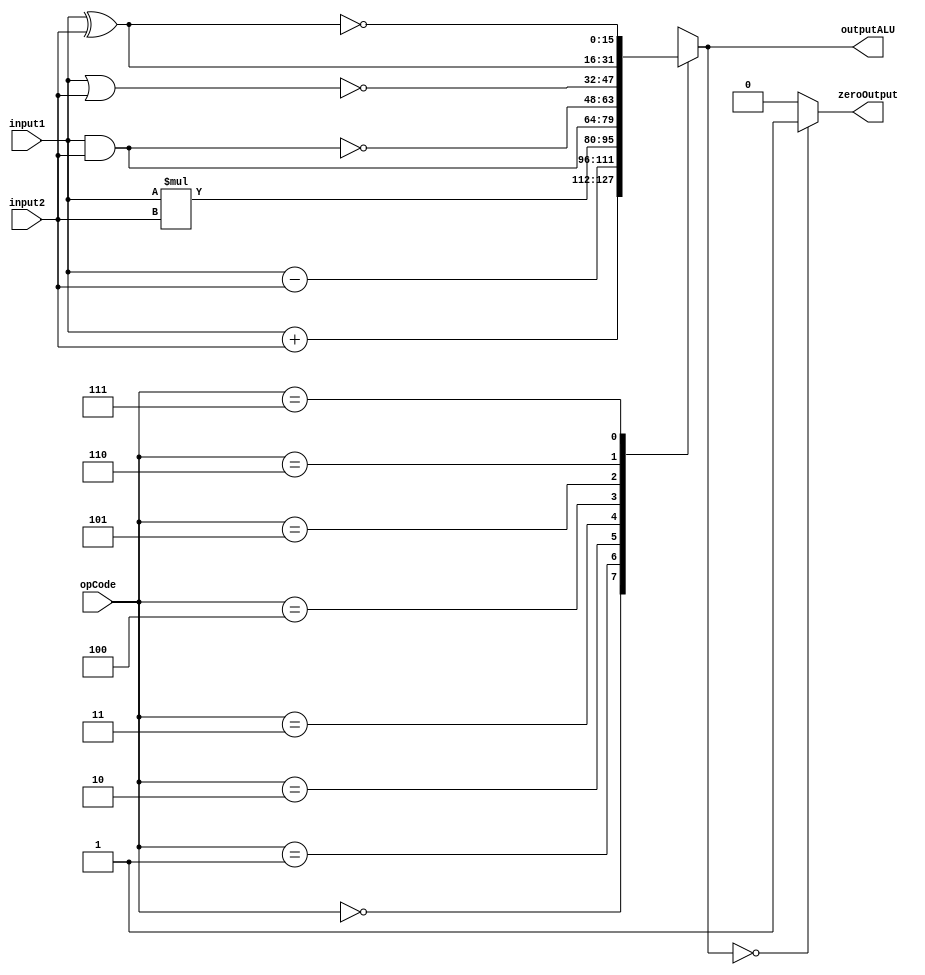




//by mohamad hossein maleki:

// Project Name: alu


module ALU(input1,input2,opCode,outputALU,zeroOutput  );

	 input [15:0] input1;
	 input [15:0] input2;
	 input [2:0] opCode;
	 output reg [15:0] outputALU ;
	 output reg zeroOutput;
	 always @(*)
	 begin
	 case(opCode)
	 3'b000: outputALU = input1 + input2;
	 3'b001: outputALU = input1 - input2;
	 3'b010: outputALU = input1 * input2;
	 3'b011: outputALU = input1 & input2;
	 3'b100: outputALU = ~(input1 & input2);
	 3'b101: outputALU = ~(input1 | input2);
	 3'b110: outputALU = input1 ^ input2;
	 3'b111: outputALU = ~(input1 ^ input2);
	 default: outputALU = 16'b0;
	 endcase
	  
         if(outputALU == 0)
	    begin
		    zeroOutput = 1'b1;
	    end
	 else
	    begin
		    zeroOutput = 1'b0;
	    end
	 end
endmodule